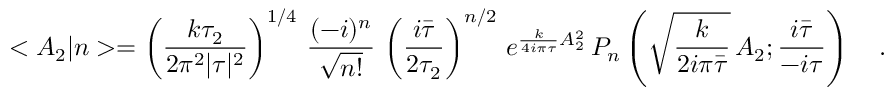
< A _ { 2 } | n > = \left( \frac { k \tau _ { 2 } } { 2 \pi ^ { 2 } | \tau | ^ { 2 } } \right) ^ { 1 / 4 } \, \frac { ( - i ) ^ { n } } { \sqrt { n ! } } \, \left( \frac { i \bar { \tau } } { 2 \tau _ { 2 } } \right) ^ { n / 2 } \, e ^ { \frac { k } { 4 i \pi \tau } A _ { 2 } ^ { 2 } } \, P _ { n } \left( \sqrt { \frac { k } { 2 i \pi \bar { \tau } } } \, A _ { 2 } ; \frac { i \bar { \tau } } { - i \tau } \right) \ \ \ .